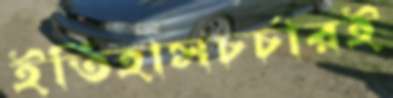
ইতিহাসচর্চারই